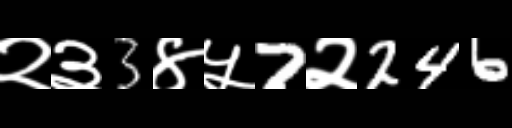
Text: २३3४५7२246